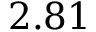
2 . 8 1